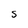
Character: S